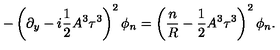
- \left( \partial _ { y } - i \frac { 1 } { 2 } A ^ { 3 } \tau ^ { 3 } \right) ^ { 2 } \phi _ { n } = \left( \frac { n } { R } - \frac { 1 } { 2 } A ^ { 3 } \tau ^ { 3 } \right) ^ { 2 } \phi _ { n } .